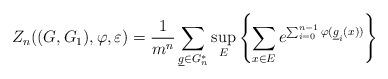
LaTeX: \begin{align*}Z_n((G,G_1),\varphi, \varepsilon)= \frac{1}{m^n}\sum_{{\underline g \in G_n^*}} \sup_{E}\left\{ \sum_{x\in E} e^{\sum_{i=0}^{n-1} \varphi (\underline g_i (x))} \right\}\end{align*}